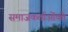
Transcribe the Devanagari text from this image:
समाजकर्ताओंको